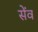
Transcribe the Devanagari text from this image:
सेंव